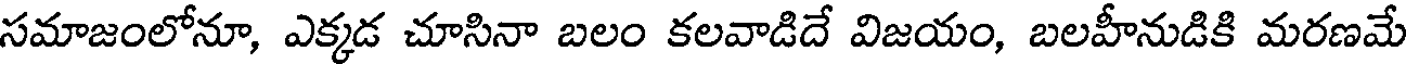
సమాజంలోనూ, ఎక్కడ చూసినా బలం కలవాడిదే విజయం, బలహీనుడికి మరణమే